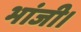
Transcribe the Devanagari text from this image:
भांजी।